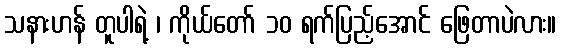
သနားဟန် တူပါရဲ့ ၊ ကိုယ်တော် ၁၀ ရက်ပြည့်အောင် ဖြေတာပဲလား။